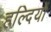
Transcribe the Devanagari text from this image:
हल्दियों